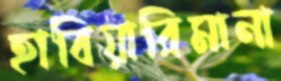
হাবিয়ারিমানা